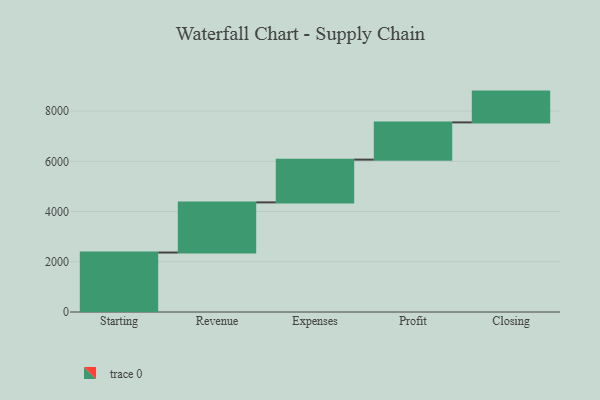
{"axis": {"x": "Step", "y": "Value"}, "legend": [""], "data": [{"x": "Starting", "y": 2368.0, "type": ""}, {"x": "Revenue", "y": 1997.0, "type": ""}, {"x": "Expenses", "y": 1702.0, "type": ""}, {"x": "Profit", "y": 1483.0, "type": ""}, {"x": "Closing", "y": 1226.0, "type": ""}]}